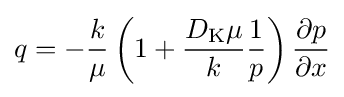
q=-{\frac {k}{\mu }}\left(1+{\frac {D_{\mathrm {K} }\mu }{k}}{\frac {1}{p}}\right){\frac {\partial p}{\partial x}}